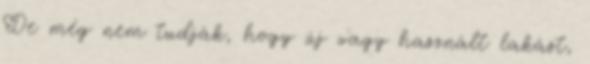
De még nem tudják, hogy új vagy használt lakást,